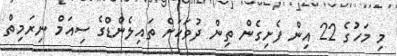
މި މަހުގެ 22 އިން ފެށިގެން ތިން ދުވަހަށް ތައިލެންޑްގެ ސިއަމް ނިރަމިތް